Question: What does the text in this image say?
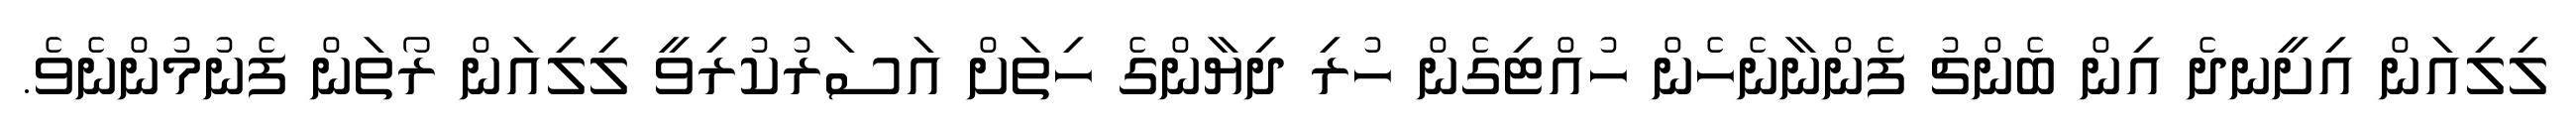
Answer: ލިލިއަން އިށީނދެ އިން ބެންޗު ފެންނާނެހެން ހުއްޓިގެން ހުރި ދިޔާންގެ ހިތަށް އަސަރުކުރިވީ ލިލިއަން ރޯތަން ފެނުމުންނެވެ.